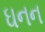
ઘનન